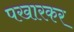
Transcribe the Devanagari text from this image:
पखारकर